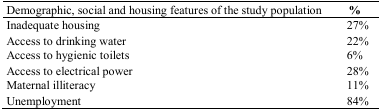
<table><thead><tr><td><b>Demographic, social and housing features of the study population</b></td><td><b>%</b></td></tr></thead><tbody><tr><td>Inadequate housing</td><td>27%</td></tr><tr><td>Access to drinking water</td><td>22%</td></tr><tr><td>Access to hygienic toilets</td><td>6%</td></tr><tr><td>Access to electrical power</td><td>28%</td></tr><tr><td>Maternal illiteracy</td><td>11%</td></tr><tr><td>Unemployment</td><td>84%</td></tr></tbody></table>